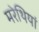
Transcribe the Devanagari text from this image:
मरेथियां